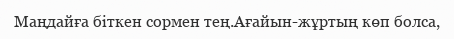
Маңдайға біткен сормен тең.Ағайын-жұртың көп болса,